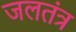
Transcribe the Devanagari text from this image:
जलतंत्र